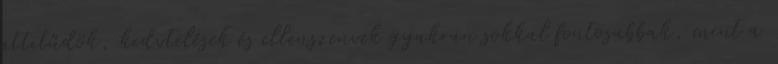
attitűdök, kedvtelések és ellenszenvek gyakran sokkal fontosabbak, mint a